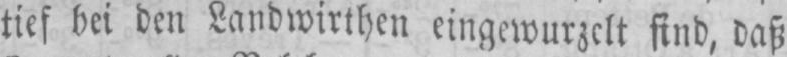
tief bei den Landwirthen eingewurzelt sind, daß